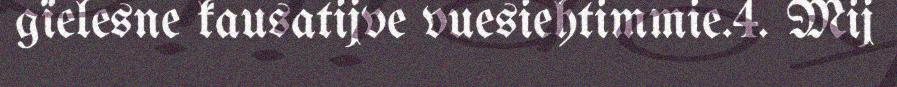
gïelesne kausatijve vuesiehtimmie.4. Mij